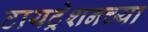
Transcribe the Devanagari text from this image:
टायट्रेशनच्या